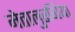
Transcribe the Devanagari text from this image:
मेतालुरगिया